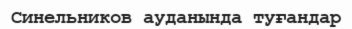
Синельников ауданында туғандар